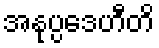
အနုပ္ပဒေဟီတိ